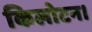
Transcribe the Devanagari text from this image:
किलोटन।